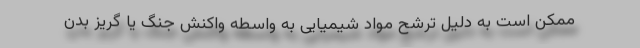
ممکن است به دلیل ترشح مواد شیمیایی به واسطه واکنش جنگ یا گریز بدن